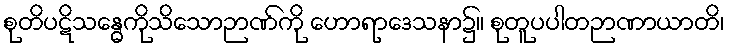
စုတိပဋိသန္ဓေကိုသိသောဉာဏ်ကို ဟောရာဒေသနာ၌။ စုတူပပါတဉာဏာယာတိ၊